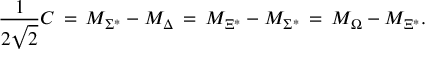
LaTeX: \frac { 1 } { 2 \sqrt { 2 } } C \, = \, M _ { { \Sigma } ^ { * } } - M _ { \Delta } \, = \, M _ { { \Xi } ^ { * } } - M _ { { \Sigma } ^ { * } } \, = \, M _ { \Omega } - M _ { { \Xi } ^ { * } } .